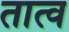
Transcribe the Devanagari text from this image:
तात्व